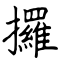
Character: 攞